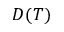
D ( T )